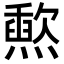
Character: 𬋐